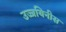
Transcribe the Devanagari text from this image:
उज्जयिनीस